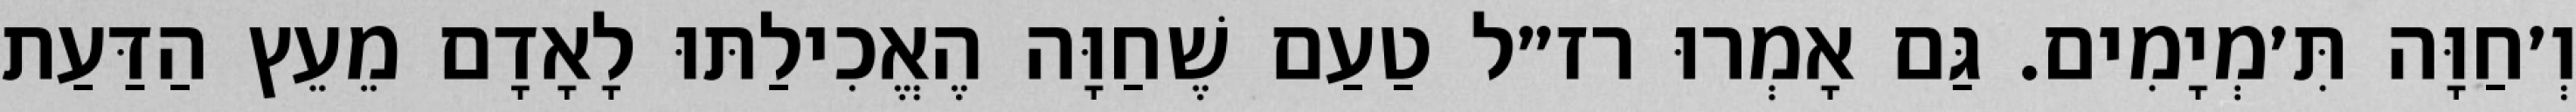
וְ׳חַוָּה תִּ׳מְיָמִים. גַּם אָמְרוּ רז״ל טַעַם שֶׁחַוָּה הֶאֱכִילַתּוּ לָאָדָם מֵעֵץ הַדַּעַת